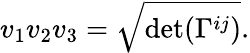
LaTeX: v_{1}v_{2}v_{3}=\sqrt{\mathrm{det}(\Gamma^{ij})}.